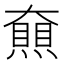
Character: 𡚔